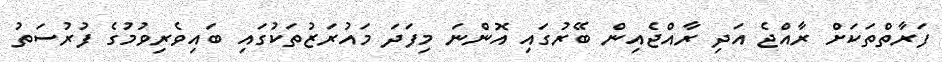
ފަރާތްތަކަށް ރާއްޖެ އަދި ރާއްޖެއިން ބޭރުގައި އޮންނަ މިފަދަ މައުރަޒުތަކުގައި ބައިވެރިވުމުގެ ފުުރުސަތު